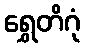
ရွှေတိဂုံ